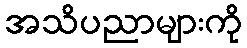
အသိပညာများကို